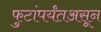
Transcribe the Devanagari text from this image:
फुटांपर्यंतअसून